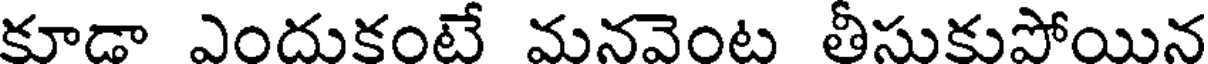
కూడా ఎందుకంటే మనవెంట తీసుకుపోయిన